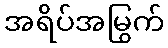
အရိပ်အမြွက်